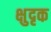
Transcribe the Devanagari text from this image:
क्षुदृक